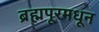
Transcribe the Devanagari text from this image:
ब्रह्मपूरमधून